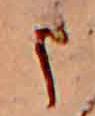
ま